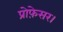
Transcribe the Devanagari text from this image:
प्रोफ़ेसर।